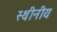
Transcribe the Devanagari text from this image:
स्थीनीय